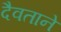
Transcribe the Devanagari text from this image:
दैवताने